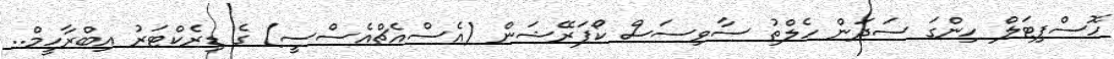
ހޮސްޕިޓަލް ހިންގަ ސަދަން ހެލްތު ސާވިސަސް ކޯޕަރޭޝަން (އެސްއެޗްއެސްސީ) ގެ ޑިރެކްޓަރު އިބްރާހީމް..